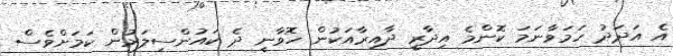
އެ އަދަދު ހަމަވާނަމަ ކޮންމެ އިދާރީ ދާއިރާއަކުން ހޮވާނީ ދެ ކައުންސިލަރުން ކަމަށްވެސް